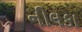
નીલકા